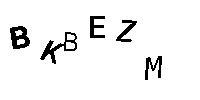
BKBEZM